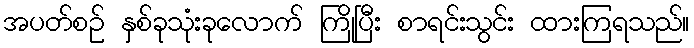
အပတ်စဉ် နှစ်ခုသုံးခုလောက် ကြိုပြီး စာရင်းသွင်း ထားကြရသည်။